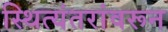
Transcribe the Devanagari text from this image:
स्थित्यंतरांवरून